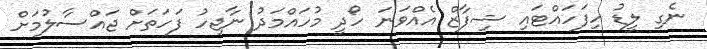
ނެގި ލީޑު ހިފަހައްޓައި ޝިފާޒް އެއްވަނަ ހޯދީ މުހައްމަދު ނާޖިހު ފަހަތަށް ޖައްސާލުމަށް